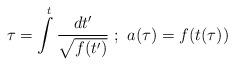
LaTeX: \begin{align*}\tau=\int\limits_{}^{t}{ dt' \over \sqrt{f(t')}} \ ; \ a(\tau)=f(t(\tau))\end{align*}